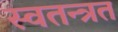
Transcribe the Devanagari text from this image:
स्वतन्त्रत